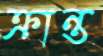
ক্রান্ত